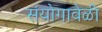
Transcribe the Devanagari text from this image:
संयोगावेळी